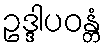
ဥဒ္ဒါပဝန္တံ